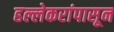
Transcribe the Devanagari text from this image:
हल्लेकरांपासून